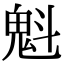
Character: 魁